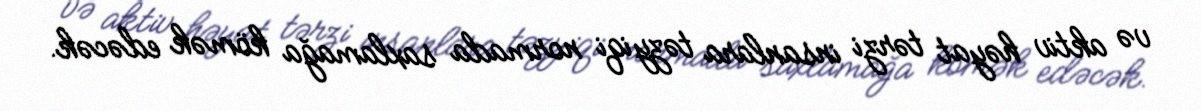
və aktiv həyat tərzi insanlara təzyiqi normada saxlamağa kömək edəcək.